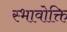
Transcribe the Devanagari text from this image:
स्भावोक्ति